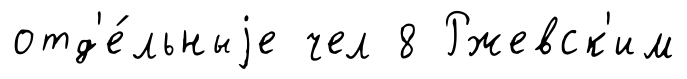
отд'е́льныjе чел 8 Ржевск'им